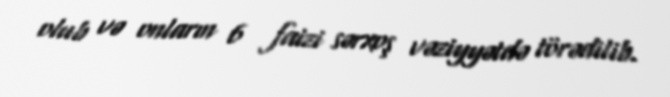
olub və onların 6 faizi sərxoş vəziyyətdə törədilib.